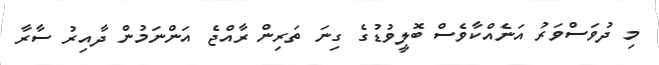
މި ދުވަސްވަރު އަނެއްކާވެސް ބޮލީވުޑުގެ ގިނަ ތަރިން ރާއްޖެ އަންނަމުން ދާއިރު ސާރާ